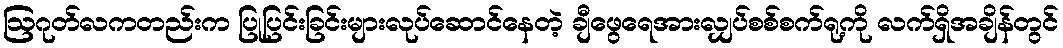
ဩဂုတ်လကတည်းက ပြုပြင်းခြင်းများလုပ်ဆောင်နေတဲ့ ချီဖွေရေအားလျှပ်စစ်စက်ရု့ကို လက်ရှိအချိန်တွင်